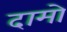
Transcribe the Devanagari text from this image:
दामो